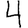
Digit: 4